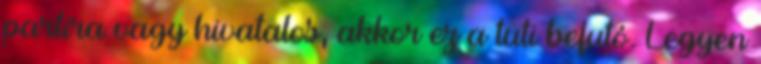
partira vagy hivatalos, akkor ez a tuti befutó. Legyen